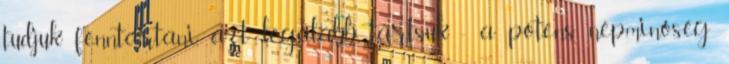
tudjuk fenntartani, azt legalább tartsuk - a potens népminőség